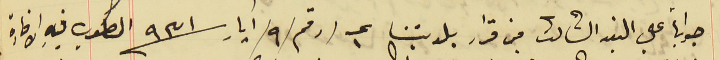
جواباً على البند الثالث من قرار بلديتنا عـ ١ /رقم/٩/ ايار سنة ٩٣١ المطلوب فيه الافادة